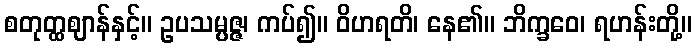
စတုတ္ထဈာန်နှင့်။ ဥပသမ္ပဇ္ဇ၊ ကပ်၍။ ဝိဟရတိ၊ နေ၏။ ဘိက္ခဝေ၊ ရဟန်းတို့။